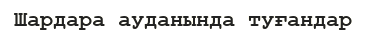
Шардара ауданында туғандар